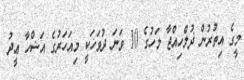
މީގެ އިތުރުން ޛުލްހިއްޖާ މަހުގެ 10 ވަނަ ދުވަހަކީ މިއަހަރުގެ އަޟްހާ ޢީދު